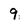
Character: 9